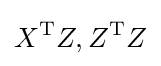
X^{\mathrm {T} }Z,Z^{\mathrm {T} }Z